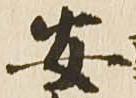
安